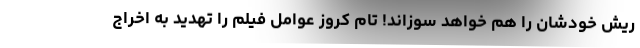
ریش خودشان را هم خواهد سوزاند! تام کروز عوامل فیلم را تهدید به اخراج